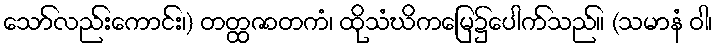
သော်လည်းကောင်း၊) တတ္ထဇာတကံ၊ ထိုသံဃိကမြေ၌ပေါက်သည်။ (သမာနံ ဝါ၊